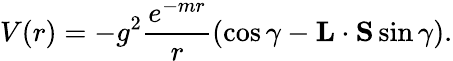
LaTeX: V(r)=-g^{2}\frac{e^{-mr}}{r}\left(\cos\gamma-{\mathbf L}\cdot{\mathbf S}\sin\gamma\right).